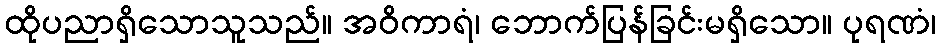
ထိုပညာရှိသောသူသည်။ အဝိကာရံ၊ ဘောက်ပြန်ခြင်းမရှိသော။ ပုရဏံ၊